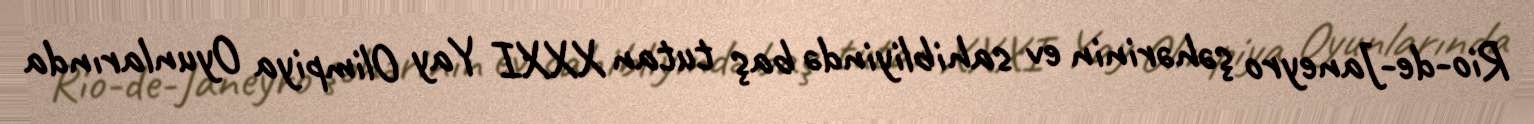
Rio-de-Janeyro şəhərinin ev sahibliyində baş tutan XXXI Yay Olimpiya Oyunlarında